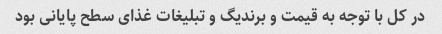
در کل با توجه به قیمت و برندیگ و تبلیغات غذای سطح پایانی بود